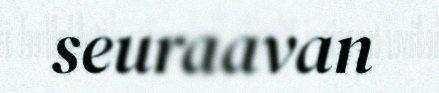
seuraavan